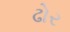
ઢોર